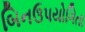
બિનઉપયોગિતા